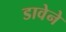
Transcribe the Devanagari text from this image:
डावेने